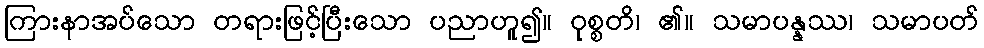
ကြားနာအပ်သော တရားဖြင့်ပြီးသော ပညာဟူ၍။ ဝုစ္စတိ၊ ၏။ သမာပန္နဿ၊ သမာပတ်